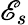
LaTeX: \mathscr{E}_{s}